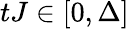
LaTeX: tJ\in[0,\Delta]